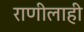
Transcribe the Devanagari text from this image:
राणीलाही